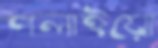
পলাইয়ো